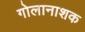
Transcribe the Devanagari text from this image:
गोलानाशक